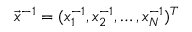
\vec { x } ^ { - 1 } = ( x _ { 1 } ^ { - 1 } , x _ { 2 } ^ { - 1 } , \ldots , x _ { N } ^ { - 1 } ) ^ { T }